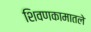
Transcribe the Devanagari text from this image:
शिवणकामातले